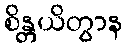
စိန္တယိတွာန